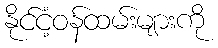
နိုင်ငံ့ဝန်ထမ်းများကို